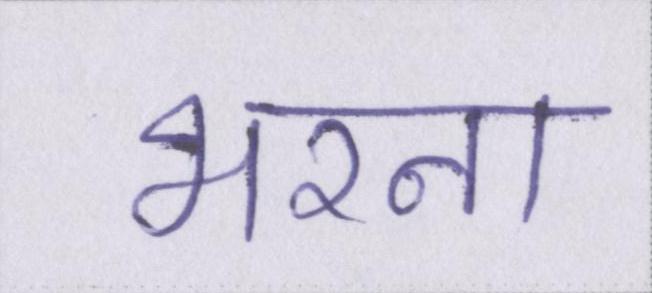
भरना